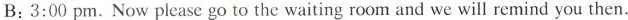
B:3:00 pm.Now please go to the waiting room and we will remind you then.